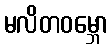
မလိတဝမ္ဘော